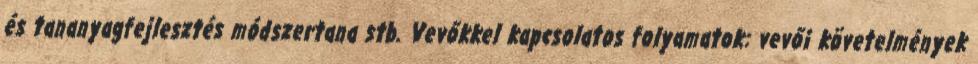
és tananyagfejlesztés módszertana stb. Vevőkkel kapcsolatos folyamatok: vevői követelmények